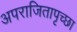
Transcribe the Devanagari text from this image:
अपराजितापृच्छा